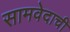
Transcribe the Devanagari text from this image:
सामवेदाची